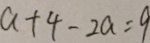
a + 4 - 2 a = 9